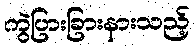
ကွဲပြားခြားနားသည့်